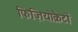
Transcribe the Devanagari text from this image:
फिज़ियोक्रैटों